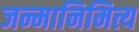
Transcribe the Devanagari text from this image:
जन्मानिमित्य